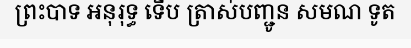
ព្រះបាទ អនុរុទ្ធ ទើប ត្រាស់បញ្ជូន សមណ ទូត